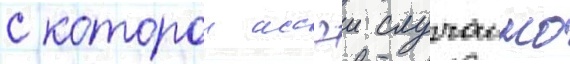
с которои иссэи случаино